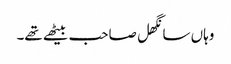
وہاں سانگھل صاحب بیٹھے تھے۔